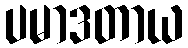
ပမာဒတာယ